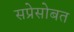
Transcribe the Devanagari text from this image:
सप्रेसोबत